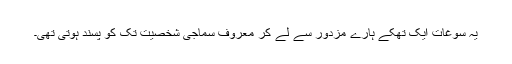
یہ سوغات ایک تھکے ہارے مزدور سے لے کر معروف سماجی شخصیت تک کو پسند ہوتی تھی۔